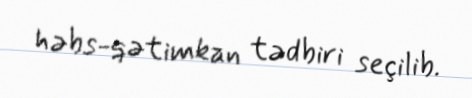
həbs-qətimkan tədbiri seçilib.